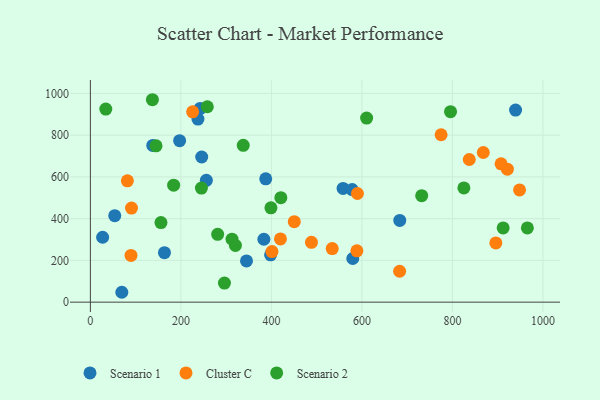
{"axis": {"x": "Ad Spend", "y": "Yield"}, "legend": ["Cluster C", "Scenario 1", "Scenario 2"], "data": [{"x": "345.0", "y": 197.6, "type": "Scenario 1"}, {"x": "197.2", "y": 773.7, "type": "Scenario 1"}, {"x": "242.2", "y": 927.6, "type": "Scenario 1"}, {"x": "558.4", "y": 544.7, "type": "Scenario 1"}, {"x": "939.5", "y": 920.4, "type": "Scenario 1"}, {"x": "578.5", "y": 539.3, "type": "Scenario 1"}, {"x": "383.4", "y": 301.4, "type": "Scenario 1"}, {"x": "237.7", "y": 877.2, "type": "Scenario 1"}, {"x": "53.9", "y": 414.3, "type": "Scenario 1"}, {"x": "579.8", "y": 209.1, "type": "Scenario 1"}, {"x": "683.6", "y": 391.6, "type": "Scenario 1"}, {"x": "27.1", "y": 310.9, "type": "Scenario 1"}, {"x": "398.2", "y": 226.6, "type": "Scenario 1"}, {"x": "69.5", "y": 47.3, "type": "Scenario 1"}, {"x": "137.9", "y": 750.7, "type": "Scenario 1"}, {"x": "163.7", "y": 237.0, "type": "Scenario 1"}, {"x": "246.0", "y": 695.3, "type": "Scenario 1"}, {"x": "256.3", "y": 583.5, "type": "Scenario 1"}, {"x": "387.5", "y": 590.9, "type": "Scenario 1"}, {"x": "81.8", "y": 581.3, "type": "Cluster C"}, {"x": "837.2", "y": 683.4, "type": "Cluster C"}, {"x": "90.9", "y": 450.5, "type": "Cluster C"}, {"x": "921.4", "y": 637.3, "type": "Cluster C"}, {"x": "590.1", "y": 520.6, "type": "Cluster C"}, {"x": "226.0", "y": 911.6, "type": "Cluster C"}, {"x": "683.3", "y": 148.1, "type": "Cluster C"}, {"x": "401.3", "y": 242.4, "type": "Cluster C"}, {"x": "534.4", "y": 256.5, "type": "Cluster C"}, {"x": "948.3", "y": 537.5, "type": "Cluster C"}, {"x": "775.0", "y": 802.1, "type": "Cluster C"}, {"x": "895.9", "y": 283.6, "type": "Cluster C"}, {"x": "420.0", "y": 303.1, "type": "Cluster C"}, {"x": "868.2", "y": 716.9, "type": "Cluster C"}, {"x": "450.6", "y": 385.5, "type": "Cluster C"}, {"x": "488.5", "y": 286.6, "type": "Cluster C"}, {"x": "588.9", "y": 245.9, "type": "Cluster C"}, {"x": "907.5", "y": 662.6, "type": "Cluster C"}, {"x": "89.8", "y": 223.7, "type": "Cluster C"}, {"x": "281.3", "y": 325.0, "type": "Scenario 2"}, {"x": "320.5", "y": 271.6, "type": "Scenario 2"}, {"x": "313.0", "y": 301.9, "type": "Scenario 2"}, {"x": "610.4", "y": 882.0, "type": "Scenario 2"}, {"x": "912.1", "y": 355.8, "type": "Scenario 2"}, {"x": "34.1", "y": 924.8, "type": "Scenario 2"}, {"x": "732.1", "y": 510.2, "type": "Scenario 2"}, {"x": "156.0", "y": 381.0, "type": "Scenario 2"}, {"x": "337.8", "y": 751.3, "type": "Scenario 2"}, {"x": "184.0", "y": 560.3, "type": "Scenario 2"}, {"x": "825.3", "y": 547.2, "type": "Scenario 2"}, {"x": "258.4", "y": 936.1, "type": "Scenario 2"}, {"x": "296.3", "y": 91.2, "type": "Scenario 2"}, {"x": "795.8", "y": 912.7, "type": "Scenario 2"}, {"x": "965.6", "y": 355.4, "type": "Scenario 2"}, {"x": "137.1", "y": 969.8, "type": "Scenario 2"}, {"x": "145.1", "y": 748.7, "type": "Scenario 2"}, {"x": "420.9", "y": 500.4, "type": "Scenario 2"}, {"x": "245.4", "y": 546.3, "type": "Scenario 2"}, {"x": "399.0", "y": 452.1, "type": "Scenario 2"}]}